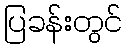
ပြခန်းတွင်